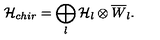
{ \cal H } _ { c h i r } = \bigoplus _ { l } { \cal H } _ { l } \otimes \overline { { W } } _ { l } .